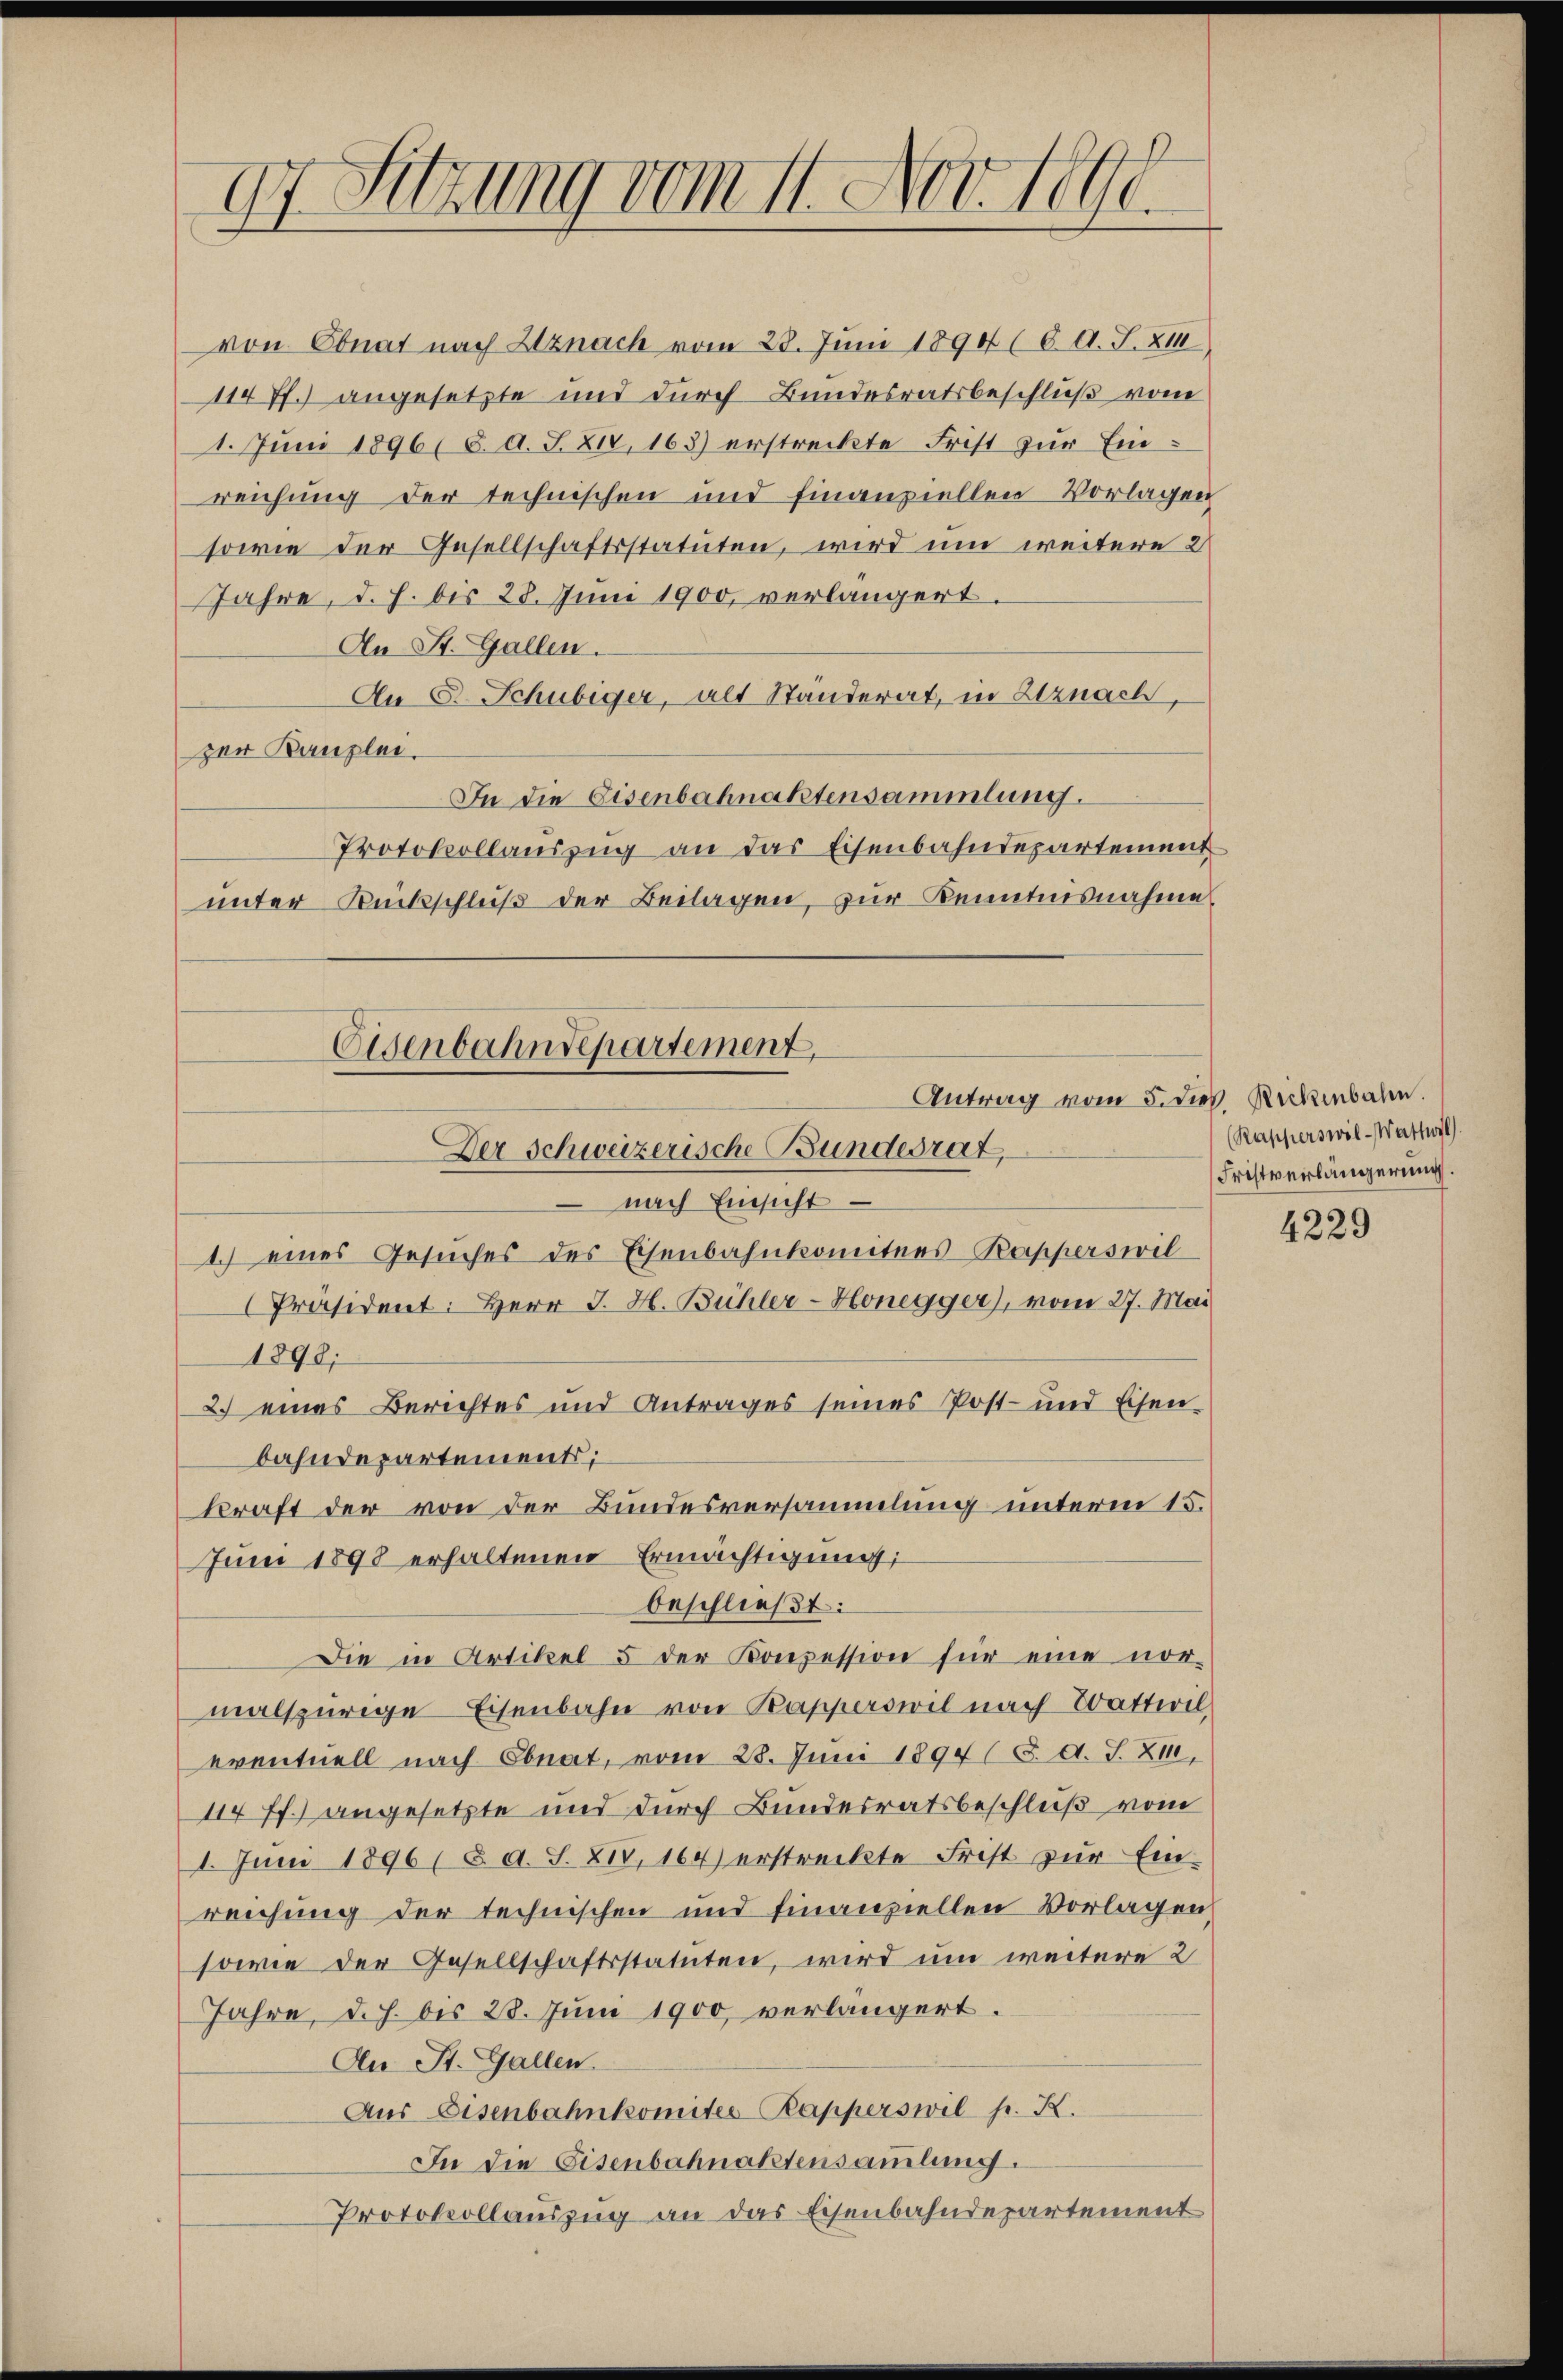
97 Sitzung vom 11. Nov. 1890

von Obnat nach Uznach vom 28. Juni 1890 (6. A. F. XIII
114 ff.) angesetzte und durch Bundesratsbeschluß vom
1. Juni 1896 (8. d. J. XIV, 163) erstreckte Frist zur Einreichung der technischen und finanziellen Vorlagen
sowie der Gesellschaftsstatuten, wird um weitere 2
Jahre, d. h. bis 28. Juni 1900, verlängert.
An St. Gallen.
An P. Schubiger, alt Standerat, in Utznach,
zer Kanzlei.
In die Eisenbahnaktensammlung.
Protokollauszug an das Eisenbahndepartement
unter Rückschluß der Beilagen, zur Kenntnisnahme
nach Einsicht
1.) eines Gesuches des Eisenbahnkomitees-Kapperswil
Präsident: Herr J. H. Bühler-Honegger), vom 27. Mai
1898;
2.) eines Berichtes und Antrages seines Post- und Eisen-
bahndepartements;
kraft der von der Bundesversammlung unterm 15.
Juni 1898 erhaltenen Ermächtigung;
beschließt:
Die in Artikel 5 der Konzession für eine nor-
malspurige Eisenbahn von Papperswil nach Wattwil
eventuell nach Obnat, vom 28. Juni 1894 (3. A. S. 21,
114 ff.) angesetzte und durch Bundesratsbeschluß vom
1. Juni 1896 (8. d. S. 814, 164) erstreckte Frist zŭr Ein-
reichung der technischen und finanziellen Vorlagen,
sowie der Gesellschaftsstatuten, wird um weitere 2
Jahre, d.h. bis 28. Juni 1900 verlängert.
An St. Gallen.
Aus Eisenbahnkomites Kapperswil pr. K.
In die Eisenbahnaktensammlung.
Protokollauszug an das Eisenbahndepartement

Eisenbahndepartement,
Antrag vom 5. dies Rickenbahn.
Der Schweizerische Bundesrat,

(Rapperswil-Wattwyl
Fristverlängerung.

4229